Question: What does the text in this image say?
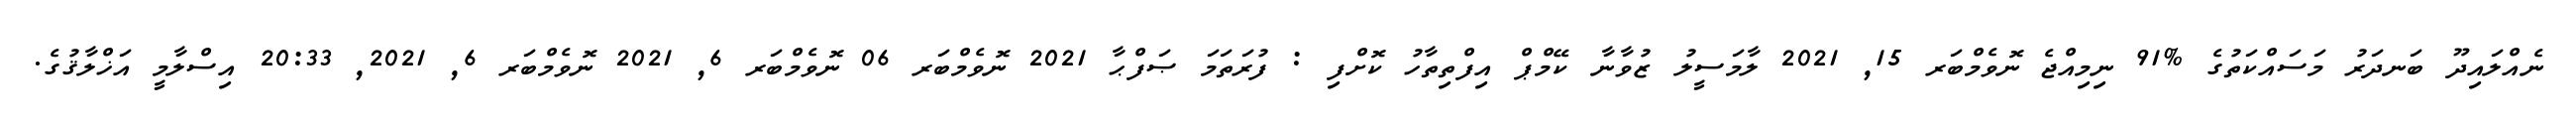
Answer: ނެއްލައިދޫ ބަނދަރު މަސައްކަތުގެ %91 ނިމިއްޖެ ނޮވެމްބަރ 15, 2021 ލާމަސީލު ޒުވާނާ ކޭމްޕް އިފްތިތާހު ކޮށްފި : ފުރަތަމަ ޞަފްޙާ 2021 ނޮވެމްބަރ 06 ނޮވެމްބަރ 6, 2021 ނޮވެމްބަރ 6, 2021, 20:33 އިސްލާމީ އަޚްލާޤުގެ.